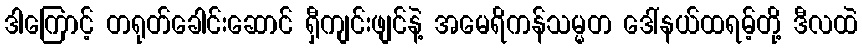
ဒါကြောင့် တရုတ်ခေါင်းဆောင် ရှီကျင်းဖျင်နဲ့ အမေရိကန်သမ္မတ ဒေါ်နယ်ထရမ့်တို့ ဒီလထဲ